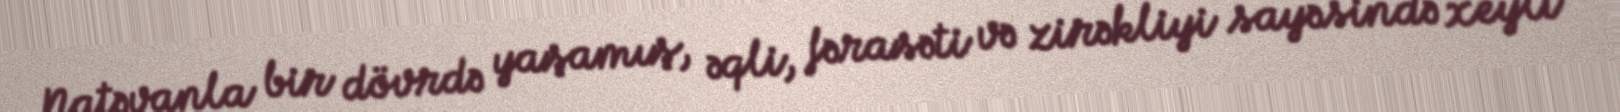
Natəvanla bir dövrdə yaşamış, əqli, fərasəti və zirəkliyi sayəsində xeyli